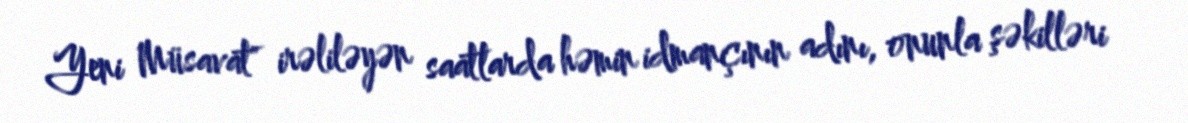
Yeni Müsavat" irəliləyən saatlarda həmin idmançının adını, onunla şəkilləri